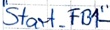
Text: "Start_FB1"